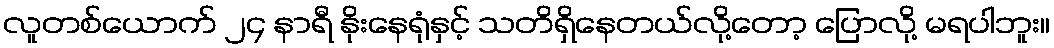
လူတစ်ယောက် ၂၄ နာရီ နိုးနေရုံနှင့် သတိရှိနေတယ်လို့တော့ ပြောလို့ မရပါဘူး။